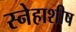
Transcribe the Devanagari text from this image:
स्नेहाशीष